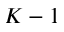
K - 1